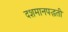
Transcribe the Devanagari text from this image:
दशमानपद्धती